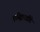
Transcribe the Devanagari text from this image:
एस्ट्रिलडीडे